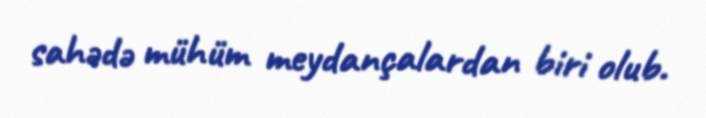
sahədə mühüm meydançalardan biri olub.